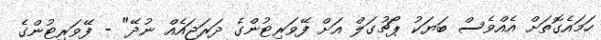
ހަމައެގޮތަށް އެއްވެސް ބަޔަކު ޕޯޗުގަލް އަށް ފޭވަރިޓުންގެ ދަރަޖައެއް ނުދޭ" - ފޭވަރިޓުންގެ